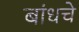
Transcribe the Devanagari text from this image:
बांधचे